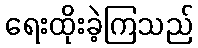
ရေးထိုးခဲ့ကြသည်